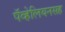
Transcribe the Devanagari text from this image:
पॅव्हेलियनसह